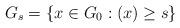
LaTeX: \begin{align*}G_s=\{ x \in G_0 : (x)\ge s\}\end{align*}